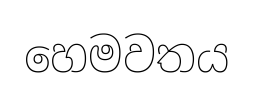
හෙමවතය